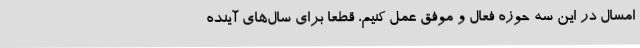
امسال در این سه حوزه فعال و موفق عمل کنیم، قطعا برای سال‌های آینده